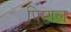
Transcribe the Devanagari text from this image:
पिष्टाल